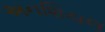
અનશિયલ